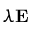
\lambda \mathbf { E }